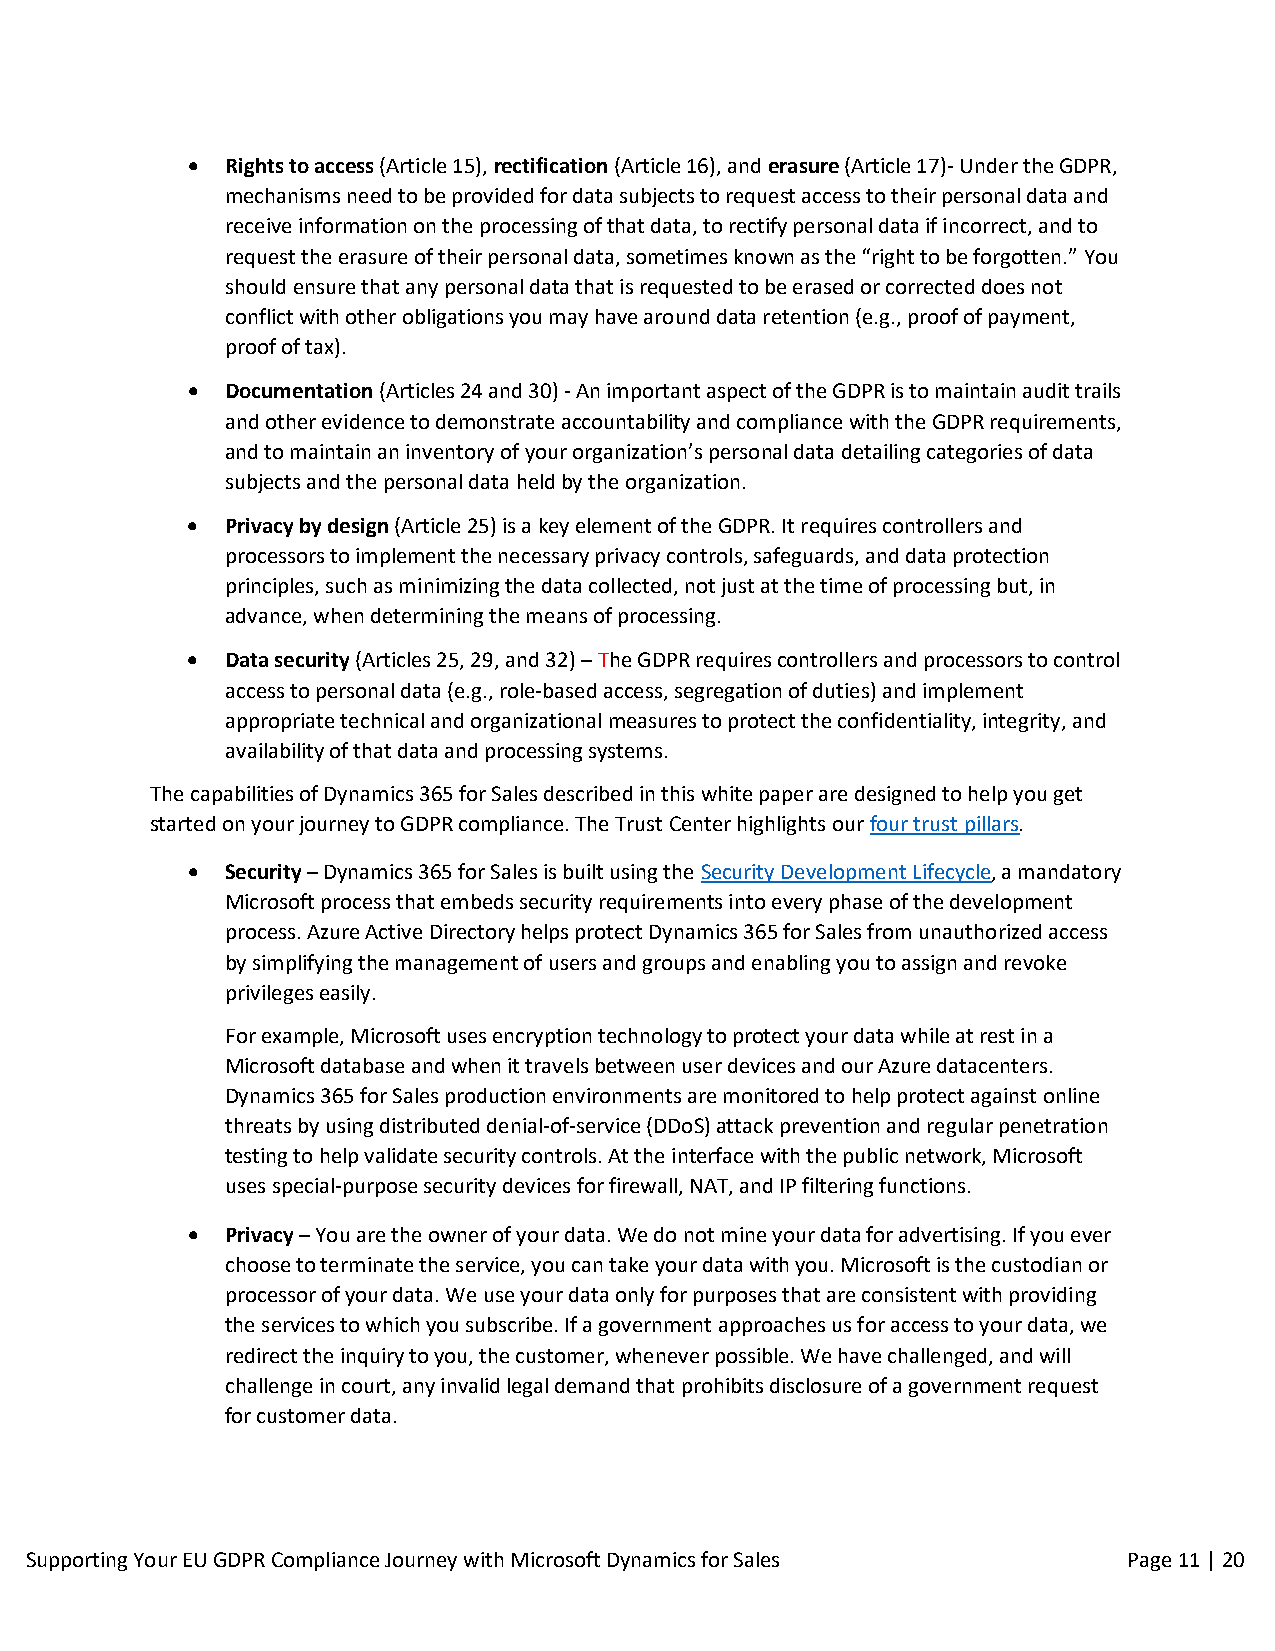
  Rights to access (Article 15), rectification (Article 16), and erasure (Article 17)- Under the GDPR,
 mechanisms need to be provided for data subjects to request access to their personal data and
 receive information on the processing of that data, to rectify personal data if incorrect, and to
 request the erasure of their personal data, sometimes known as the “right to be forgotten.” You
 should ensure that any personal data that is requested to be erased or corrected does not
 conflict with other obligations you may have around data retention (e.g., proof of payment,
 proof of tax).
   Documentation (Articles 24 and 30) - An important aspect of the GDPR is to maintain audit trails
 and other evidence to demonstrate accountability and compliance with the GDPR requirements,
 and to maintain an inventory of your organization’s personal data detailing categories of data
 subjects and the personal data held by the organization.
   Privacy by design (Article 25) is a key element of the GDPR. It requires controllers and
 processors to implement the necessary privacy controls, safeguards, and data protection
 principles, such as minimizing the data collected, not just at the time of processing but, in
 advance, when determining the means of processing.
   Data security (Articles 25, 29, and 32) – The GDPR requires controllers and processors to control
 access to personal data (e.g., role-based access, segregation of duties) and implement
 appropriate technical and organizational measures to protect the confidentiality, integrity, and
 availability of that data and processing systems.
 The capabilities of Dynamics 365 for Sales described in this white paper are designed to help you get
 started on your journey to GDPR compliance. The Trust Center highlights our four trust pillars.
   Security – Dynamics 365 for Sales is built using the Security Development Lifecycle, a mandatory
 Microsoft process that embeds security requirements into every phase of the development
 process. Azure Active Directory helps protect Dynamics 365 for Sales from unauthorized access
 by simplifying the management of users and groups and enabling you to assign and revoke
 privileges easily.
 For example, Microsoft uses encryption technology to protect your data while at rest in a
 Microsoft database and when it travels between user devices and our Azure datacenters.
 Dynamics 365 for Sales production environments are monitored to help protect against online
 threats by using distributed denial-of-service (DDoS) attack prevention and regular penetration
 testing to help validate security controls. At the interface with the public network, Microsoft
 uses special-purpose security devices for firewall, NAT, and IP filtering functions.
   Privacy – You are the owner of your data. We do not mine your data for advertising. If you ever
 choose to terminate the service, you can take your data with you. Microsoft is the custodian or
 processor of your data. We use your data only for purposes that are consistent with providing
 the services to which you subscribe. If a government approaches us for access to your data, we
 redirect the inquiry to you, the customer, whenever possible. We have challenged, and will
 challenge in court, any invalid legal demand that prohibits disclosure of a government request
 for customer data.
 Supporting Yo ur EU GDPR Compliance Journey with Microsoft Dynamics for Sales Page 11 | 20